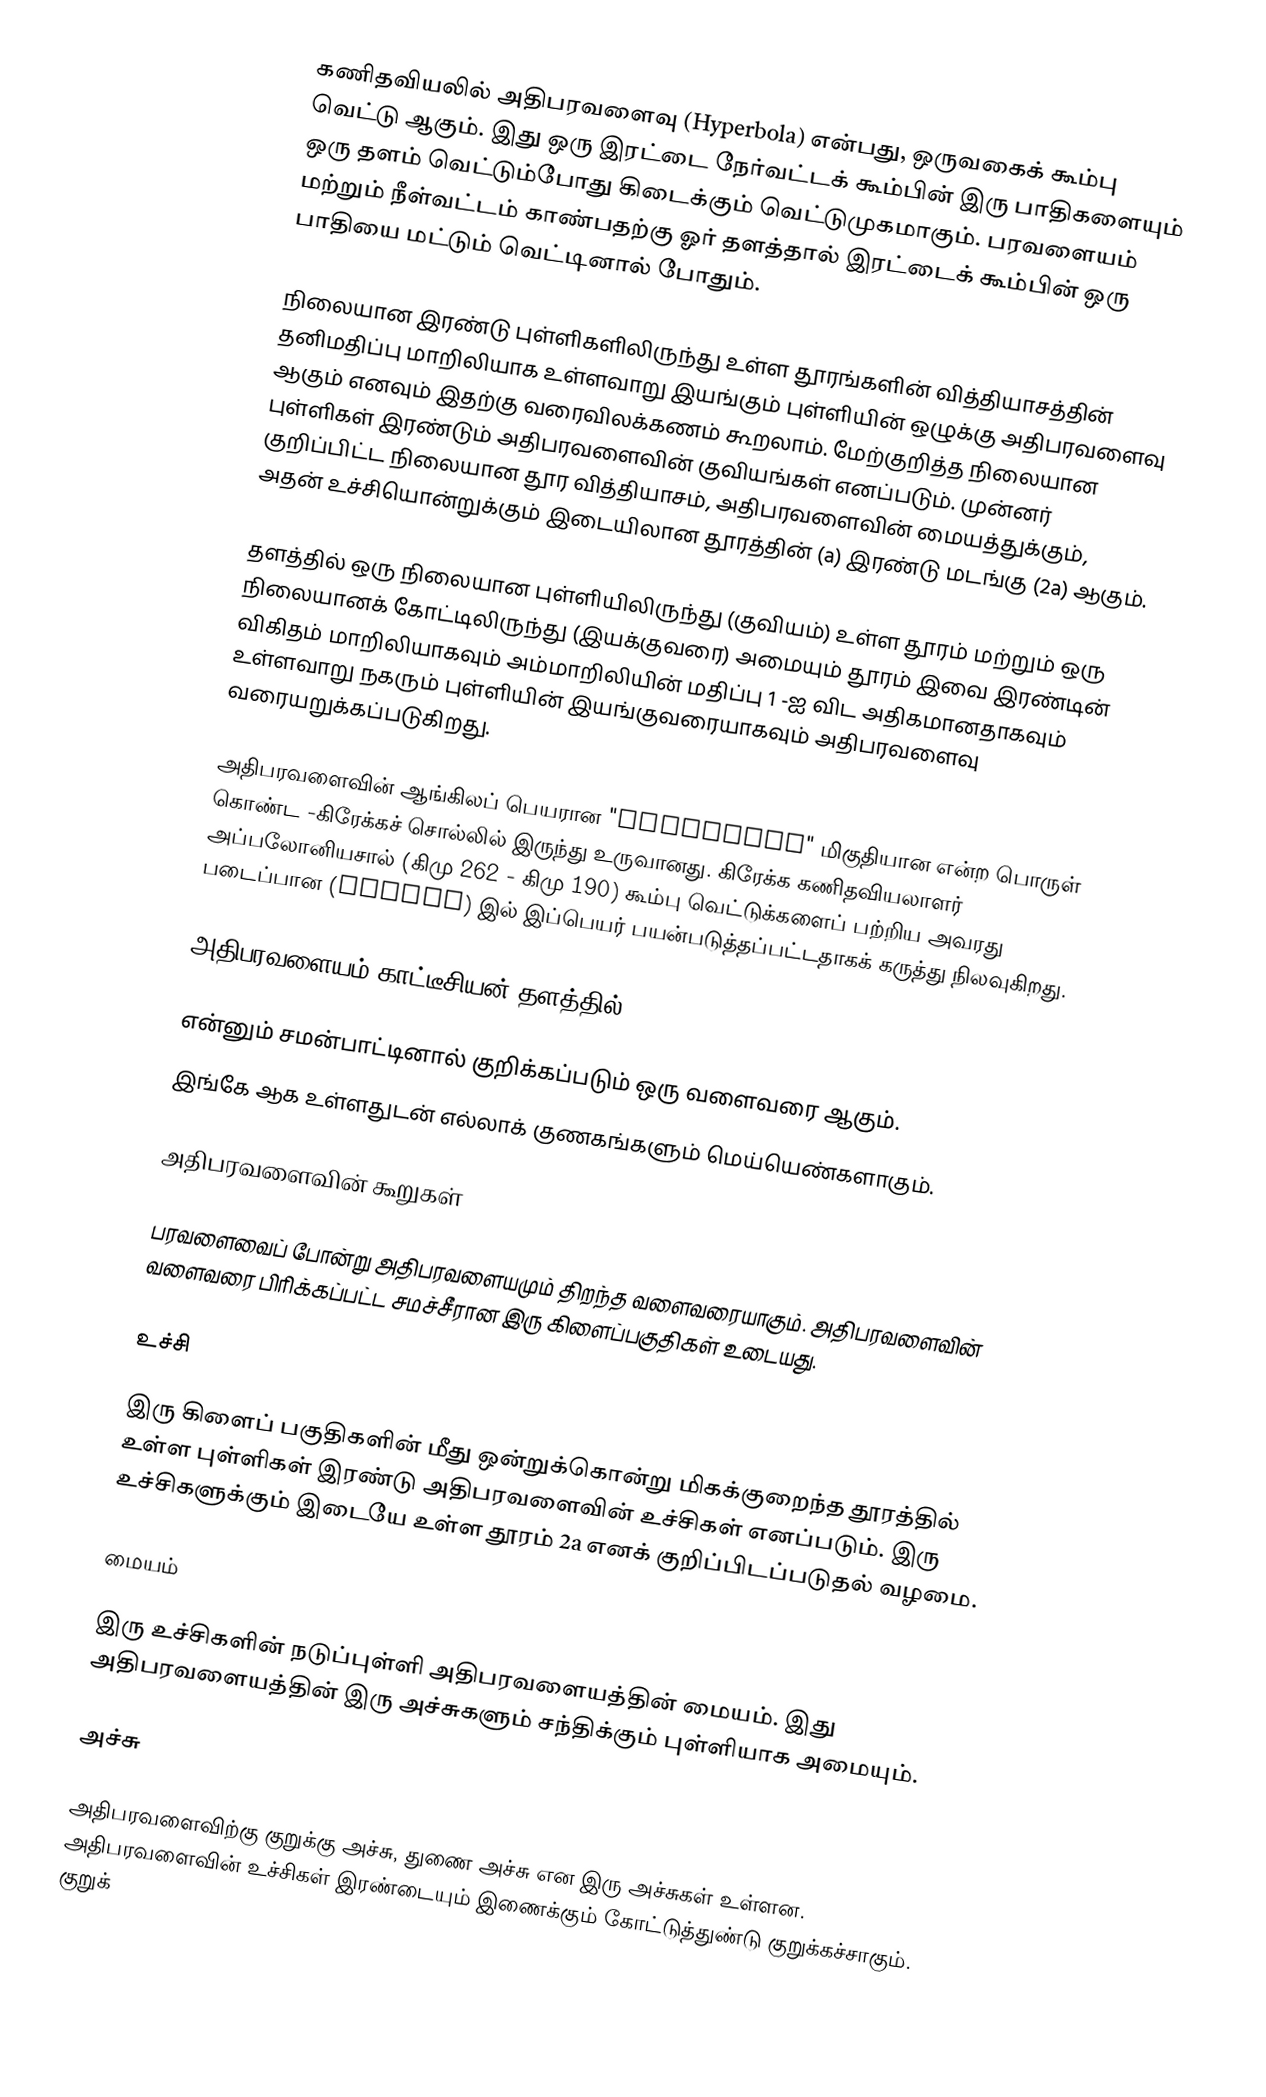
கணிதவியலில் அதிபரவளைவு (Hyperbola) என்பது, ஒருவகைக் கூம்பு வெட்டு ஆகும். இது ஒரு இரட்டை நேர்வட்டக் கூம்பின் இரு பாதிகளையும் ஒரு தளம் வெட்டும்போது கிடைக்கும் வெட்டுமுகமாகும். பரவளையம் மற்றும் நீள்வட்டம் காண்பதற்கு ஓர் தளத்தால் இரட்டைக் கூம்பின் ஒரு பாதியை மட்டும் வெட்டினால் போதும்.

நிலையான இரண்டு புள்ளிகளிலிருந்து உள்ள தூரங்களின் வித்தியாசத்தின் தனிமதிப்பு மாறிலியாக உள்ளவாறு இயங்கும் புள்ளியின் ஒழுக்கு அதிபரவளைவு ஆகும் எனவும் இதற்கு வரைவிலக்கணம் கூறலாம். மேற்குறித்த நிலையான புள்ளிகள் இரண்டும் அதிபரவளைவின் குவியங்கள் எனப்படும். முன்னர் குறிப்பிட்ட நிலையான தூர வித்தியாசம், அதிபரவளைவின் மையத்துக்கும், அதன் உச்சியொன்றுக்கும் இடையிலான தூரத்தின் (a) இரண்டு மடங்கு (2a) ஆகும்.

தளத்தில் ஒரு நிலையான புள்ளியிலிருந்து (குவியம்) உள்ள தூரம் மற்றும் ஒரு நிலையானக் கோட்டிலிருந்து (இயக்குவரை) அமையும் தூரம் இவை இரண்டின் விகிதம் மாறிலியாகவும் அம்மாறிலியின் மதிப்பு 1 -ஐ விட அதிகமானதாகவும் உள்ளவாறு நகரும் புள்ளியின் இயங்குவரையாகவும் அதிபரவளைவு வரையறுக்கப்படுகிறது.

அதிபரவளைவின் ஆங்கிலப் பெயரான "hyperbola" மிகுதியான என்ற பொருள் கொண்ட  -கிரேக்கச் சொல்லில் இருந்து உருவானது. கிரேக்க கணிதவியலாளர் அப்பலோனியசால் (கிமு 262 - கிமு 190) கூம்பு வெட்டுக்களைப் பற்றிய அவரது படைப்பான (Conics) இல் இப்பெயர் பயன்படுத்தப்பட்டதாகக் கருத்து நிலவுகிறது.

அதிபரவளையம் காட்டீசியன் தளத்தில்

என்னும் சமன்பாட்டினால் குறிக்கப்படும் ஒரு வளைவரை ஆகும்.
இங்கே  ஆக உள்ளதுடன் எல்லாக் குணகங்களும் மெய்யெண்களாகும்.

அதிபரவளைவின் கூறுகள்

பரவளைவைப் போன்று அதிபரவளையமும் திறந்த வளைவரையாகும். அதிபரவளைவின் வளைவரை பிரிக்கப்பட்ட சமச்சீரான இரு கிளைப்பகுதிகள் உடையது.

உச்சி

இரு கிளைப் பகுதிகளின் மீது ஒன்றுக்கொன்று மிகக்குறைந்த தூரத்தில் உள்ள புள்ளிகள் இரண்டு அதிபரவளைவின் உச்சிகள் எனப்படும். இரு உச்சிகளுக்கும் இடையே உள்ள தூரம் 2a எனக் குறிப்பிடப்படுதல் வழமை.

மையம்

இரு உச்சிகளின் நடுப்புள்ளி அதிபரவளையத்தின் மையம். இது அதிபரவளையத்தின் இரு அச்சுகளும் சந்திக்கும் புள்ளியாக அமையும்.

அச்சு

அதிபரவளைவிற்கு குறுக்கு அச்சு, துணை அச்சு என இரு அச்சுகள் உள்ளன. அதிபரவளைவின் உச்சிகள் இரண்டையும் இணைக்கும் கோட்டுத்துண்டு குறுக்கச்சாகும். குறுக்